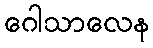
ဂေါသာလေန